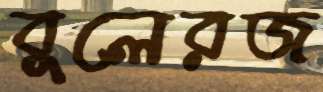
বুলেরজ